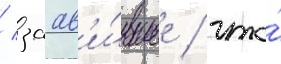
/ заав'и́вшее / что́